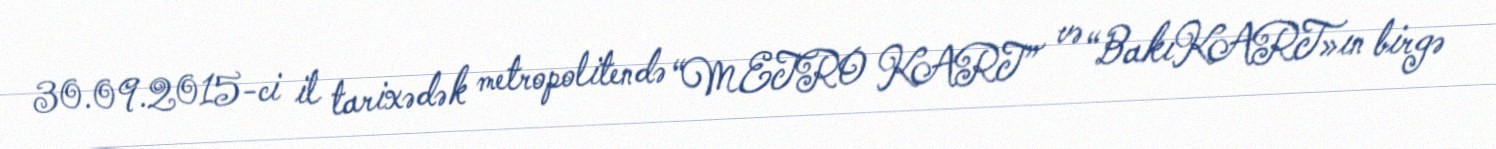
30.09.2015-ci il tarixədək metropolitendə “METRO KART” və “BakıKART»ın birgə